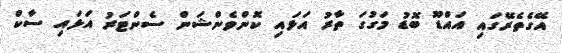
އޭގެތެރޭގައި އައްޑޫ ބޮޑު މަގުގަ ތާރު އަޅައި ކޮންވެންޝަން ސެންޓަރު އަޅައި ސާކް